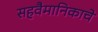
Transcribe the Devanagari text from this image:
सहवैमानिकाचे